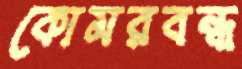
কোমরবন্ধ